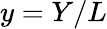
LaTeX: y=Y/L